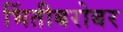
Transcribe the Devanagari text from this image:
भिंतीबरोबर